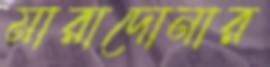
মারাদোনার